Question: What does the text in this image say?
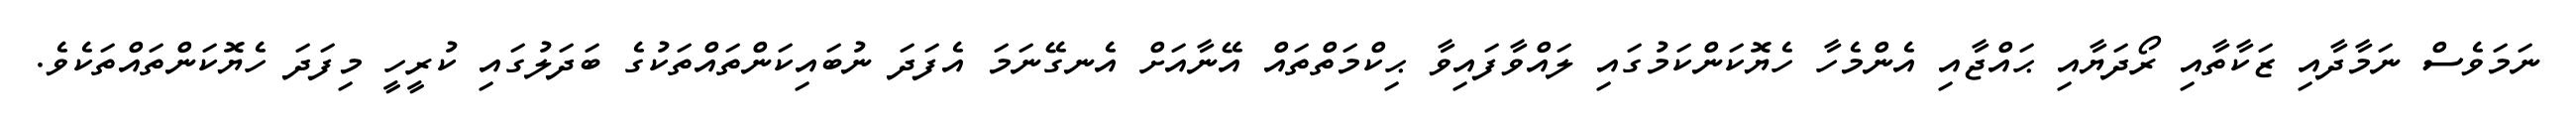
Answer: ނަމަވެސް ނަމާދާއި ޒަކާތާއި ރޯދަޔާއި ޙައްޖާއި އެންމެހާ ހެޔޮކަންކަމުގައި ލައްވާފައިވާ ޙިކްމަތްތައް އޭނާއަށް އެނގޭނަމަ އެފަދަ ނުބައިކަންތައްތަކުގެ ބަދަލުގައި ކުރީހީ މިފަދަ ހެޔޮކަންތައްތަކެވެ.